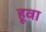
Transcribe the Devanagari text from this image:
हूवा